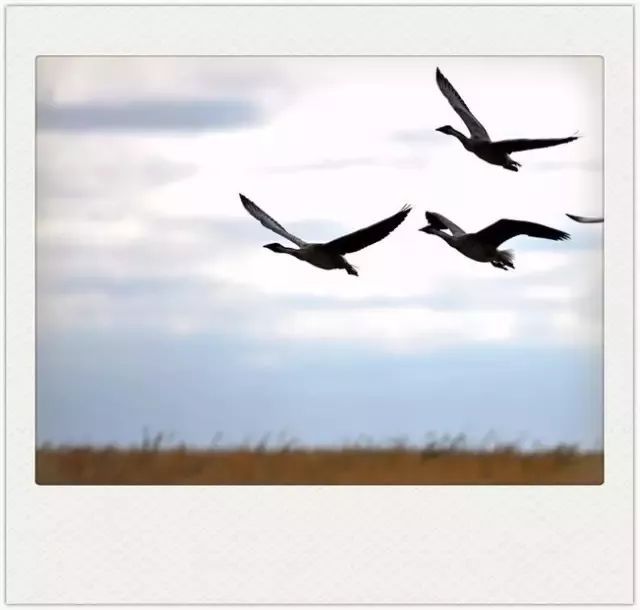
雁字无多，写得相思几许。